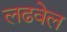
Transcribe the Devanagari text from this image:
लढवेल